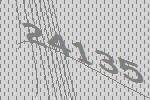
24135